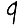
Digit: 9